Tezpur Lunatic Asylum reports 1895-1904 - 1895-1904
Year: 1895
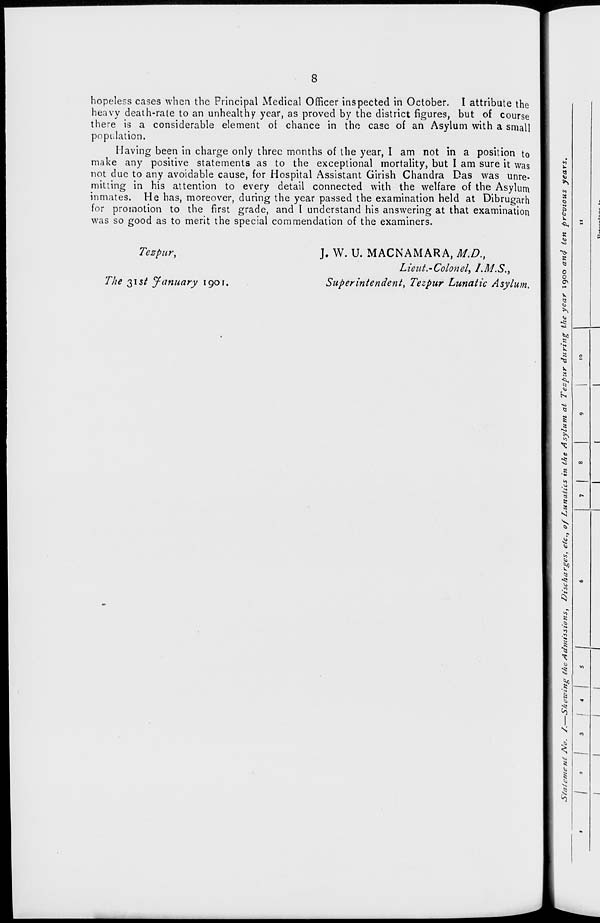
8
hopeless cases when the Principal Medical Officer inspected in October. I attribute the
heavy death-rate to an unhealthy year, as proved by the district figures, but of course
there is a considerable element of chance in the case of an Asylum with a small
population.
Having been in charge only three months of the year, I am not in a position to
make any positive statements as to the exceptional mortality, but I am sure it was
not due to any avoidable cause, for Hospital Assistant Girish Chandra Das was unre-
mitting in his attention to every detail connected with the welfare of the Asylum
inmates. He has, moreover, during the year passed the examination held at Dibrugarh
for promotion to the first grade, and I understand his answering at that examination
was so good as to merit the special commendation of the examiners.
Tezpur,
The $\st January 1901,
J. W. U. MACNAMARA, M.D.,
Lieut.-Colonel> I.M.S.,
Superintendent, Tezpur Lunatic Asylum.